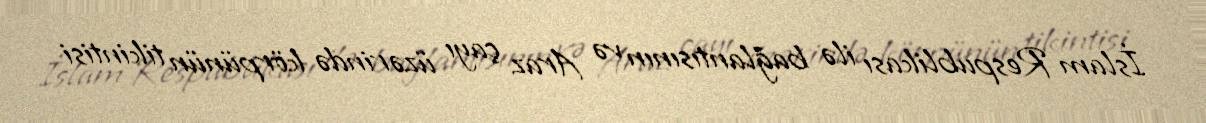
İslam Respublikası ilə bağlantısının və Araz çayı üzərində körpünün tikintisi